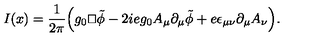
I ( x ) = \frac { 1 } { 2 \pi } \Bigl ( g _ { 0 } { \sqcap \! \! \! \! \sqcup } \tilde { \phi } - 2 i e g _ { 0 } A _ { \mu } \partial _ { \mu } \tilde { \phi } + e \epsilon _ { \mu \nu } \partial _ { \mu } A _ { \nu } \Bigr ) .